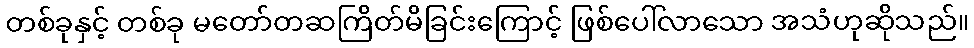
တစ်ခုနှင့် တစ်ခု မတော်တဆကြိတ်မိခြင်းကြောင့် ဖြစ်ပေါ်လာသော အသံဟုဆိုသည်။